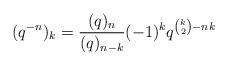
LaTeX: \begin{align*} (q^{-n})_k = \frac{(q)_n}{(q)_{n-k}}(-1)^kq^{\binom{k}{2} - nk}\end{align*}